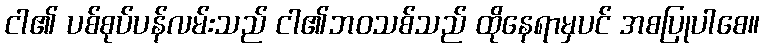
ငါ၏ ပစ်စုပ်ပန်လမ်းသည် ငါ၏ဘဝသစ်သည် ထိုနေရာမှပင် အစပြုပါစေ။